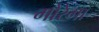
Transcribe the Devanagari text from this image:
मोरेगा